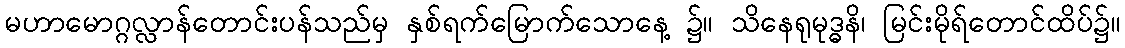
မဟာမောဂ္ဂလ္လာန်တောင်းပန်သည်မှ နှစ်ရက်မြောက်သောနေ့ ၌။ သိနေရုမုဒ္ဓနိ၊ မြင်းမိုရ်တောင်ထိပ်၌။